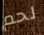
لحم